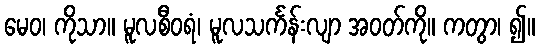
မေဝ၊ ကိုသာ။ မူလစီဝရံ၊ မူလသင်္ကန်းလျာ အဝတ်ကို။ ကတွာ၊ ၍။